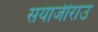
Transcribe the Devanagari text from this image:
सयाजीराउ